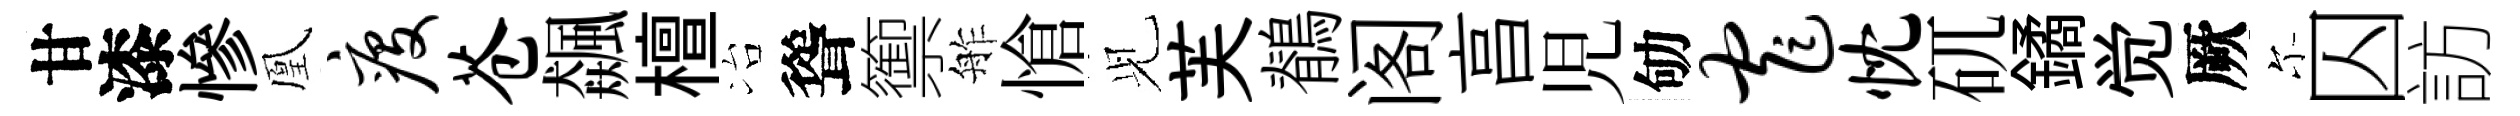
甘漆慘凰疫苍飆檀冶聳籞舴愴𫤗芙鶺阁亯児劬窄忱矹鐍觉厥尓囚訪